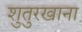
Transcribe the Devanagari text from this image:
शुतुरखाना